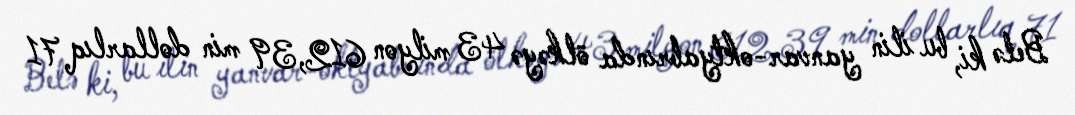
Belə ki, bu ilin yanvar-oktyabrında ölkəyə 43 milyon 612,39 min dollarlıq 71